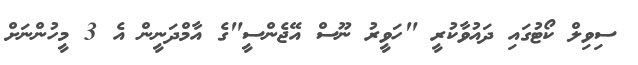
ސިވިލް ކޯޓުގައި ދައުވާކުރީ "ހަވީރު ނޫސް އޭޖެންސީ"ގެ އާމްދަނީން އެ 3 މީހުންނަށް